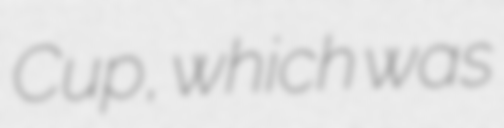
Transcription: Cup, which was